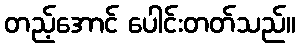
တည့်အောင် ပေါင်းတတ်သည်။